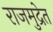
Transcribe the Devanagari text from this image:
राजमुद्रेत